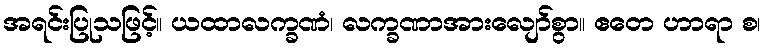
အရင်းပြုသဖြင့်။ ယထာလက္ခဏံ၊ လက္ခဏာအားလျော်စွာ။ ဧတေ ဟာရာ စ၊